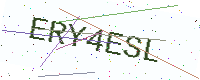
Text: ERY4ESL